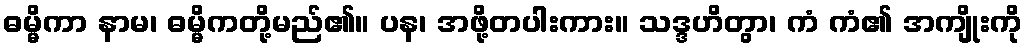
ဓမ္မိကာ နာမ၊ ဓမ္မိကတို့မည်၏။ ပန၊ အဖို့တပါးကား။ သဒ္ဒဟိတွာ၊ ကံ ကံ၏ အကျိုးကို